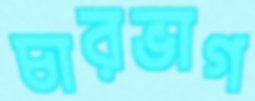
চারভাগ